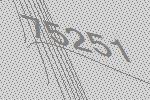
75251